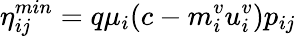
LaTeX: \eta_{ij}^{min}=q\mu_{i}(c-m_{i}^{v}u_{i}^{v})p_{ij}